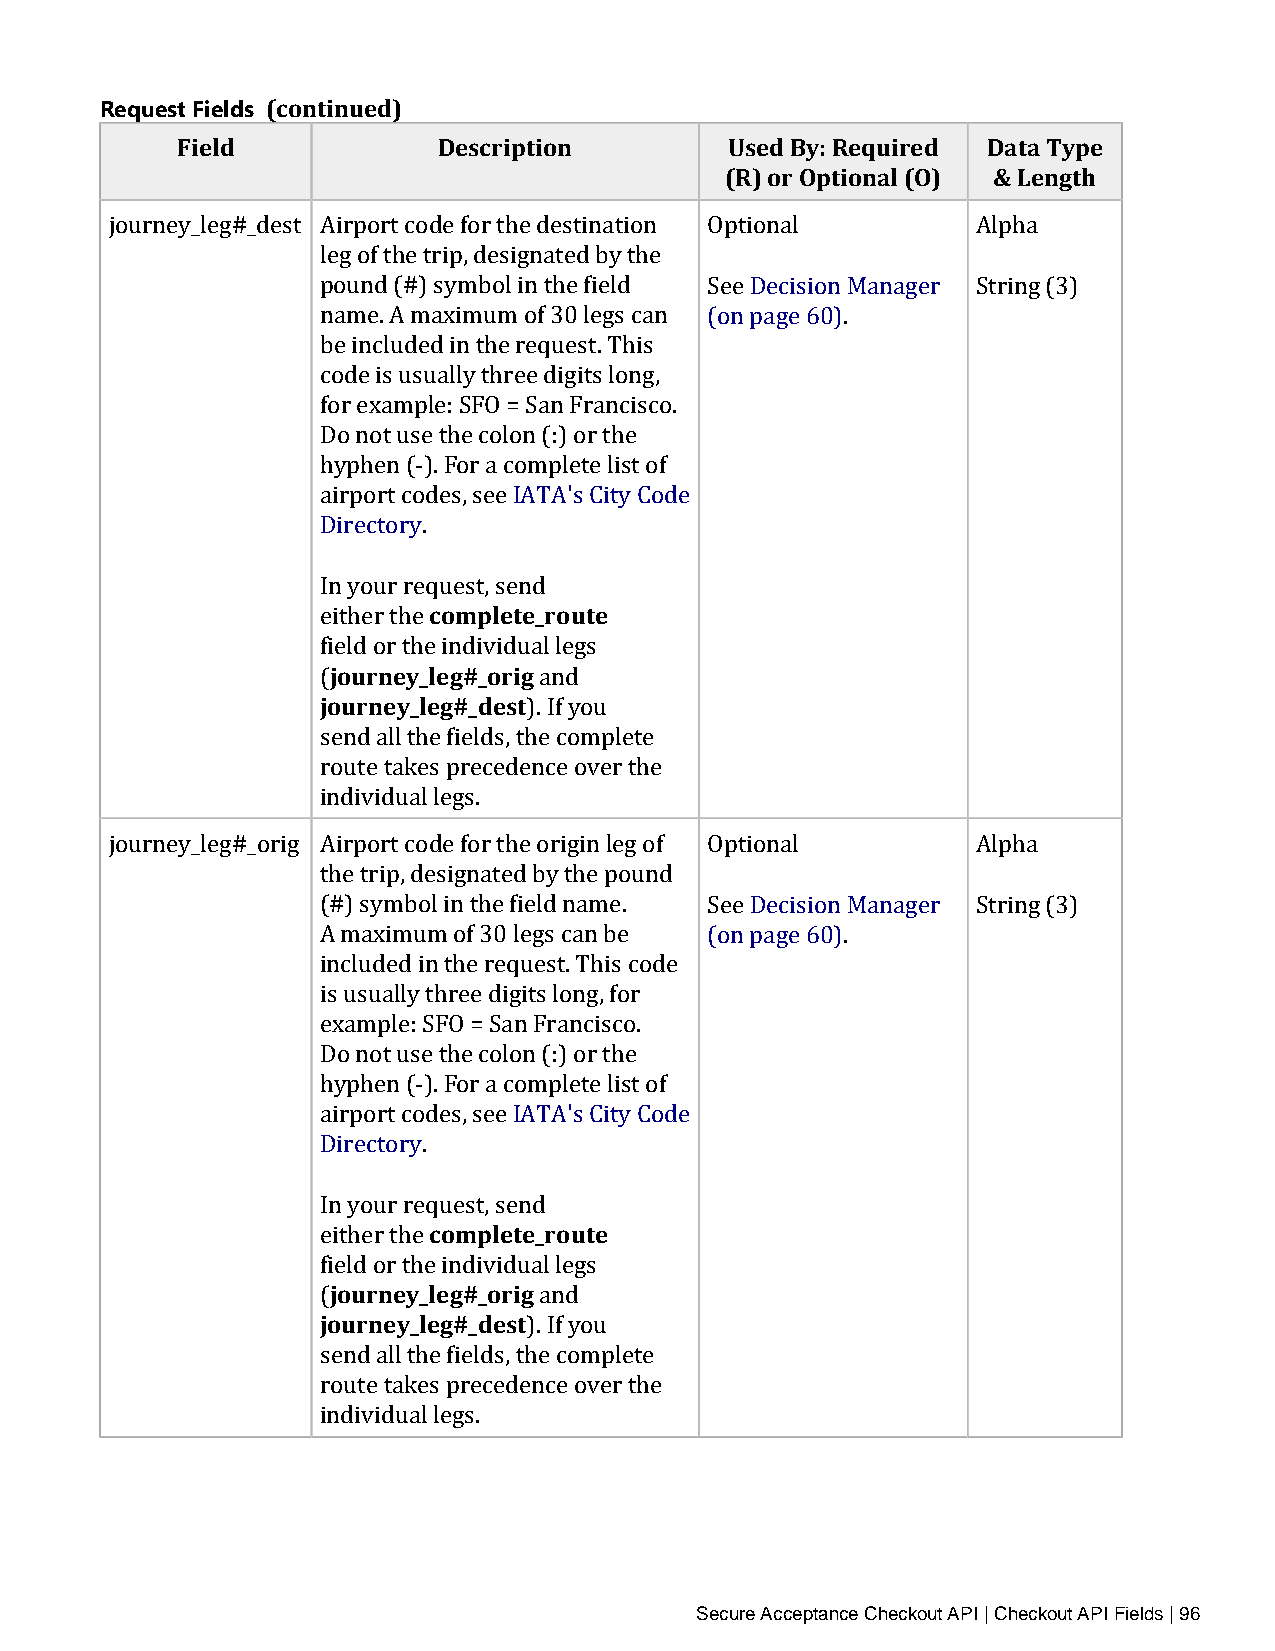
Request Fields (continued)
 Field            Description        Used By: Required Data Type
 (R) or Optional (O) & Length
 journey_leg#_dest Airport code for the destination Optional Alpha
 leg of the trip, designated by the
 pound (#) symbol in the field See Decision Manager String (3)
 name. A maximum of 30 legs can (on page 60).
 be included in the request. This
 code is usually three digits long,
 for example: SFO = San Francisco.
 Do not use the colon (:) or the
 hyphen (‑). For a complete list of
 airport codes, see IATA's City Code
 Directory.
 complete_route
 In your request, send
 ejiothuerrn tehye_ leg#_orig
 fjioeuldr noer yt_hlee gin#d_idveidsutal legs
 (              and
 ). If you
 send all the fields, the complete
 route takes precedence over the
 individual legs.
 journey_leg#_orig Airport code for the origin leg of Optional Alpha
 the trip, designated by the pound
 (#) symbol in the field name. See Decision Manager String (3)
 A maximum of 30 legs can be (on page 60).
 included in the request. This code
 is usually three digits long, for
 example: SFO = San Francisco.
 Do not use the colon (:) or the
 hyphen (‑). For a complete list of
 airport codes, see IATA's City Code
 Directory.
 complete_route
 In your request, send
 ejiothuerrn tehye_ leg#_orig
 fjioeuldr noer yt_hlee gin#d_idveidsutal legs
 (              and
 ). If you
 send all the fields, the complete
 route takes precedence over the
 individual legs.
 Secure Acceptance Checkout API | Checkout API Fields | 96